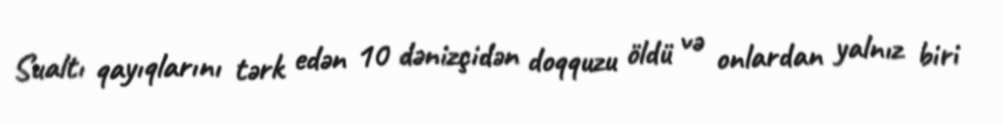
Sualtı qayıqlarını tərk edən 10 dənizçidən doqquzu öldü və onlardan yalnız biri